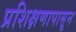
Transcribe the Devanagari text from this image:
प्रशिक्षणापासून